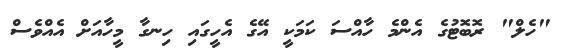
"ހެލް" ރޮބޮޓުގެ އެންމެ ހާއްސަ ކަމަކީ އޭގެ އެހީގައި ހިނގާ މީހާއަށް އެއްވެސް